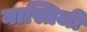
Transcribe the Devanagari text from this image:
मास्तिजी